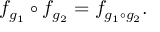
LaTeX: f _ { g _ { 1 } } \circ f _ { g _ { 2 } } = f _ { g _ { 1 } \circ g _ { 2 } } .